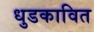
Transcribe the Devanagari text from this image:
धुडकावित